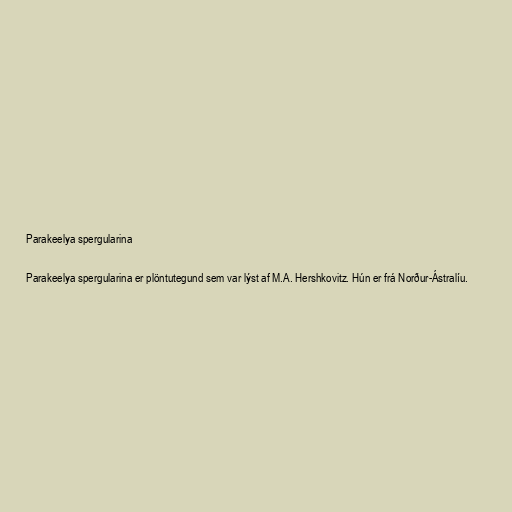
Parakeelya spergularina

Parakeelya spergularina er plöntutegund sem var lýst af M.A. Hershkovitz. Hún er frá Norður-Ástralíu.